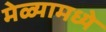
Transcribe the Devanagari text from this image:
मेळ्यामध्ये